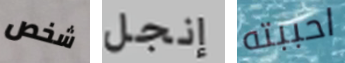
شخص إنجل احببته